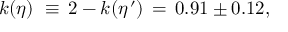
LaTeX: k ( \eta ) \, \, \equiv \, 2 - k ( \eta ^ { \, \prime } ) \, = \, 0 . 9 1 \pm 0 . 1 2 ,